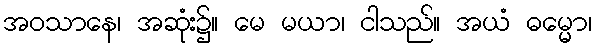
အဝသာနေ၊ အဆုံး၌။ မေ မယာ၊ ငါသည်။ အယံ ဓမ္မော၊